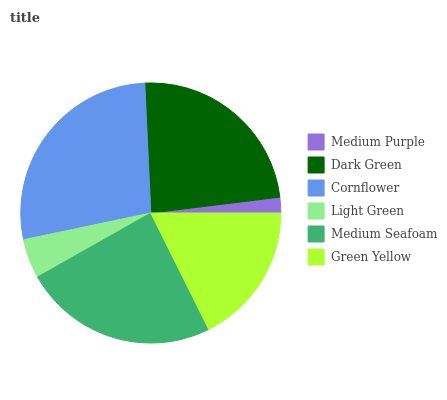
| Medium Purple | Dark Green | Cornflower | Light Green | Medium Seafoam | Green Yellow |
 | --- | --- | --- | --- | --- | --- |
 | 1.94% | 23.7% | 27.5% | 4.9% | 24.2% | 17.7% |